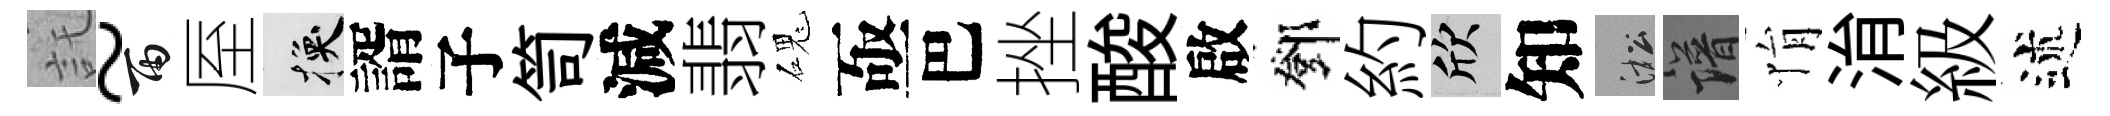
託~雨厔换諝子笥減翡磈亟巴挫酸啟鄧約欣知淞譜悁㳙級述